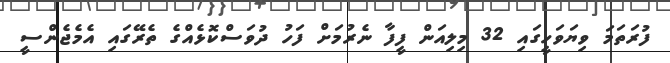
ފުރަތަމަ ވިޔަވަހީގައި 32 މިލިއަން ފީފާ ނެރުމަށް ފަހު ދުވަސްކޮޅެއްގެ ތެރޭގައި އެމެޖެންސީ